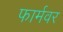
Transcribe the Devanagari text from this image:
फार्मवर